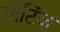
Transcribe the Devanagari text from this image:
वॉटिंज